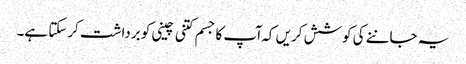
یہ جاننے کی کوشش کریں کہ ا ٓپ کا جسم کتنی چینی کو برداشت کرسکتا ہے۔